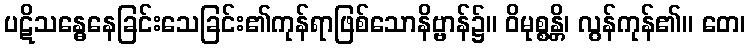
ပဋိသန္ဓေနေခြင်းသေခြင်း၏ကုန်ရာဖြစ်သောနိဗ္ဗာန်၌။ ဝိမုစ္စန္တိ၊ လွန်ကုန်၏။ တေ၊